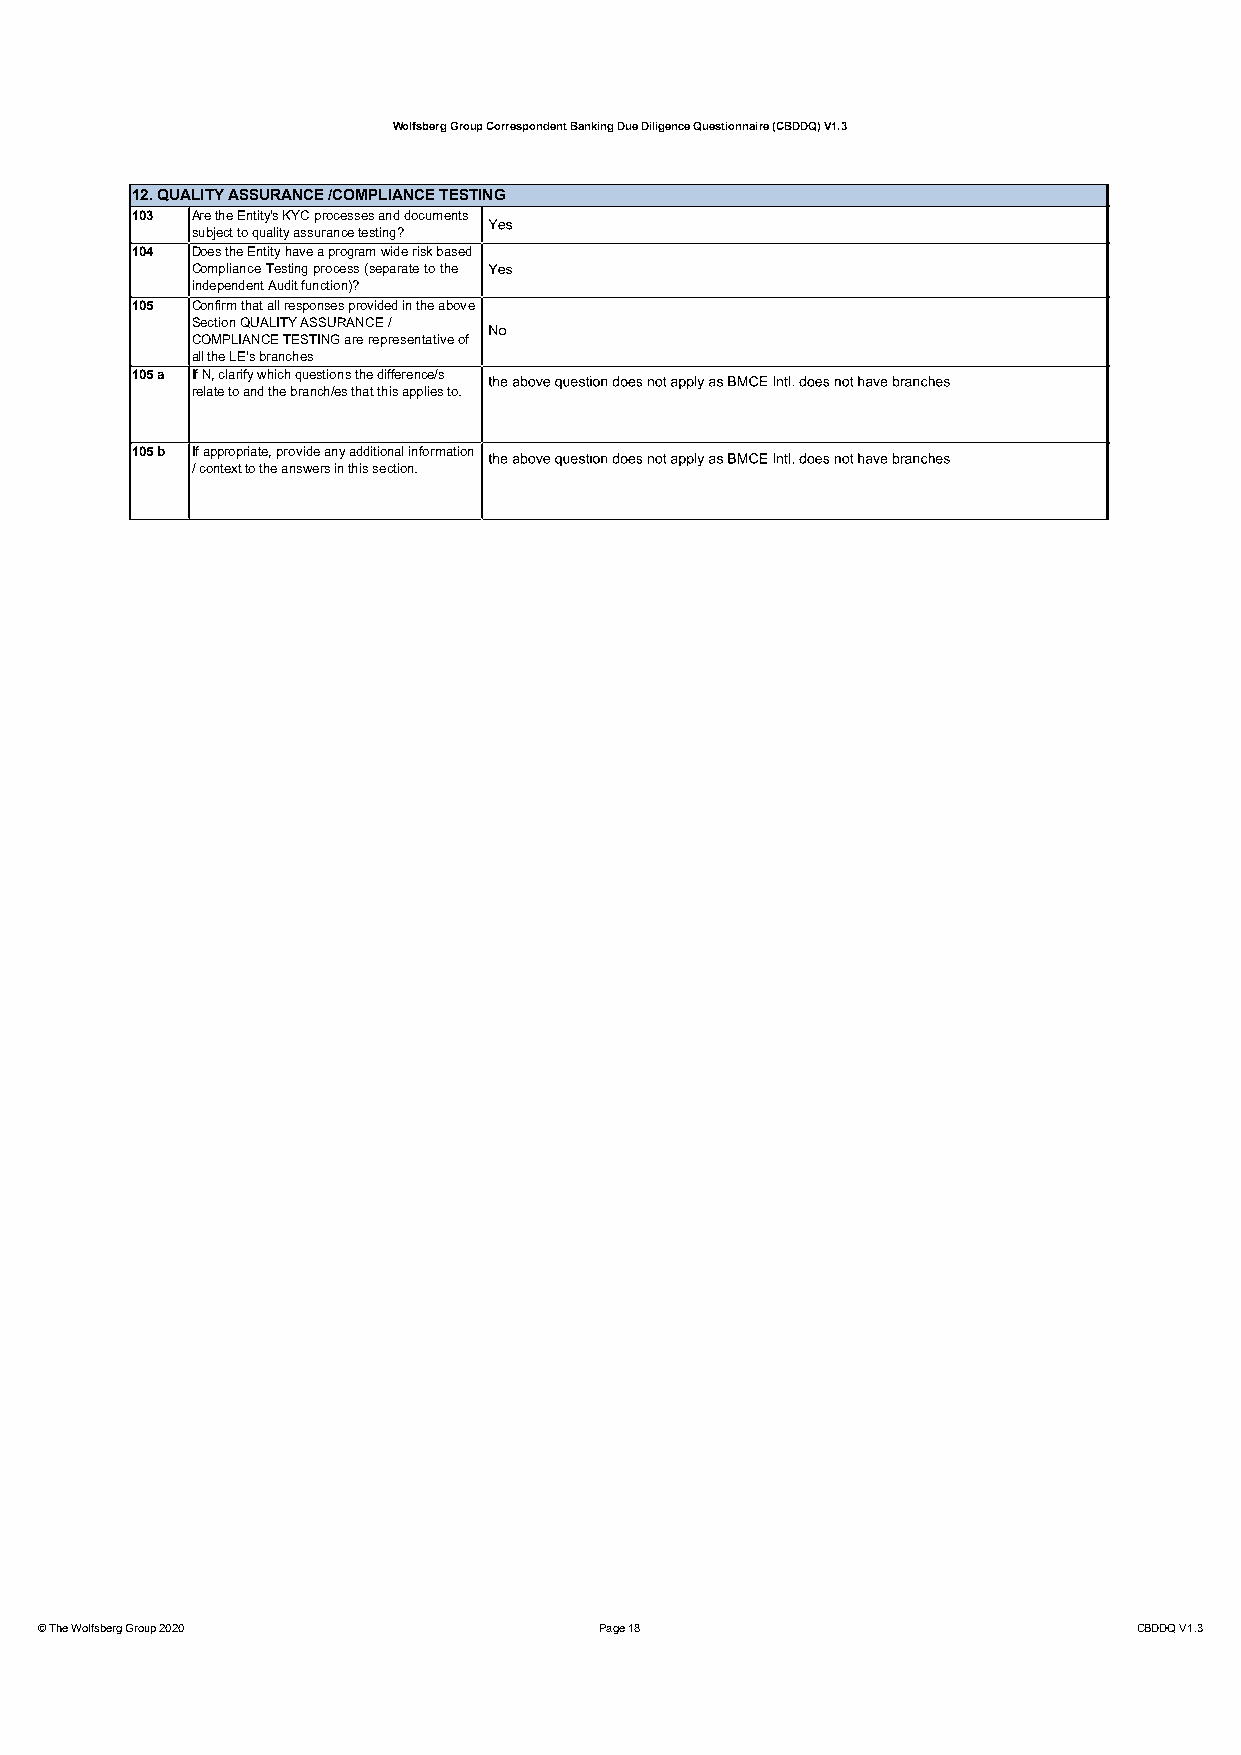
Wolfsberg Group Correspondent Banking Due Diligence Questionnaire (CBDDQ) V1.3
 12. QUALITY ASSURANCE /COMPLIANCE TESTING
 103 Are the Entity's KYC processes and documents
 subject to quality assurance testing?
 104 Does the Entity have a program wide risk based
 ComplianceTestingprocess(separatetothe
 independent Audit function)?
 105 Confirm that all responses provided in the above
 SectionQUALITYASSURANCE /
 COMPLIANCE TESTINGare representative of
 all the LE's branches
 105 a If N, clarify which questions the difference/s
 relate to and the branch/es that this applies to.
 105 b If appropriate, provide any additional information
 / context to the answers in this section.
 © The Wolfsberg Group 2020            Page 18                            CBDDQ V1.3